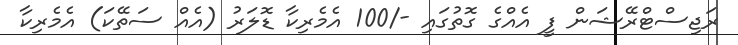
ރަޖިސްޓްރޭޝަން ފީ އެއްގެ ގޮތުގައި -/100 އެމެރިކާ ޑޮލަރު (އެއް ސަތޭކަ) އެމެރިކާ